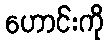
ဟောင်းကို